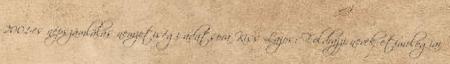
2001-es népszámlálás nemzetiségi adatsora Kiss Lajos: Földrajzi nevek etimológiai